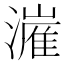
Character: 𬉍